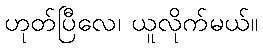
ဟုတ်ပြီလေ၊ ယူလိုက်မယ်။